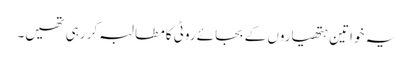
یہ خواتین ہتھیاروں کے بجائے روٹی کامطالبہ کر رہی تھیں۔